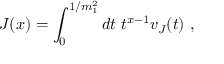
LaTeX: J ( x ) = \int _ { 0 } ^ { 1 / m _ { 1 } ^ { 2 } } d t \; t ^ { x - 1 } v _ { J } ( t ) \ ,